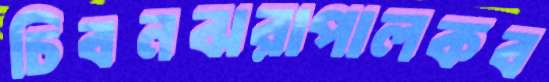
চিবনঝরাপালকব